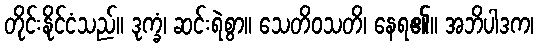
တိုင်းနိုင်ငံသည်။ ဒုက္ခံ၊ ဆင်းရဲစွာ။ သေတိဝသတိ၊ နေရ၏။ အဘိပါဒက၊